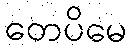
တေပိမေ